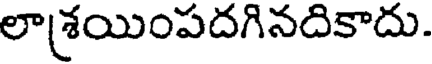
లాశ్రయింపదగినదికాదు.